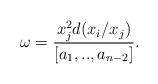
LaTeX: \begin{align*}\omega =\frac{x_j^2 d(x_i/x_j)}{[a_1,..,a_{n-2}]}.\end{align*}